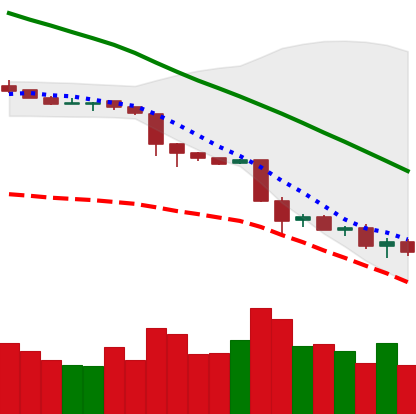
Ticker: NEO-USD
Chart end date: 2018-11-26
Forward return: 14.711%
Label: up_7plus